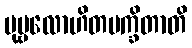
ပုဗ္ဗလောဟိတမက္ခိတာတိ